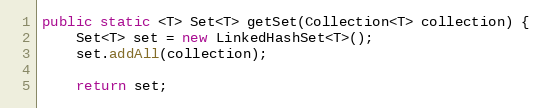
Language: Java
public static <T> Set<T> getSet(Collection<T> collection) {
    Set<T> set = new LinkedHashSet<T>();
    set.addAll(collection);

    return set;